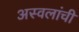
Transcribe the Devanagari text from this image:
अस्वलांची